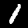
Label: 1